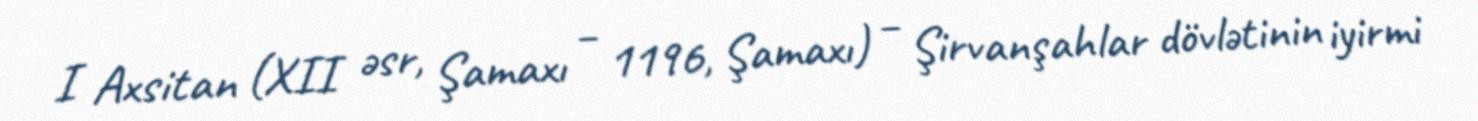
I Axsitan (XII əsr, Şamaxı – 1196, Şamaxı) – Şirvanşahlar dövlətinin iyirmi